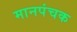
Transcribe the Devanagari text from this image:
मानपंचक